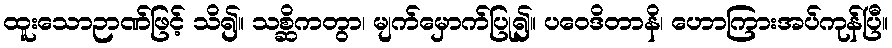
ထူးသောဉာဏ်ဖြင့် သိ၍။ သစ္ဆိကတွာ၊ မျက်မှောက်ပြု၍။ ပဝေဒိတာနိ၊ ဟောကြားအပ်ကုန်ပြီ။